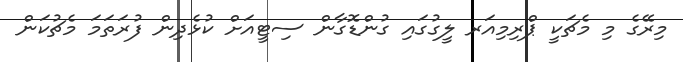
މިރޭގެ މި މެޗަކީ ޕްރިމިއަރ ލީގުގައި ގުންޑޮގާން ސިޓީއަށް ކުޅެދިން ފުރަތަމަ މެޗުކަން